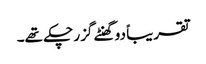
تقریباً دو گھنٹے گزر چکے تھے۔